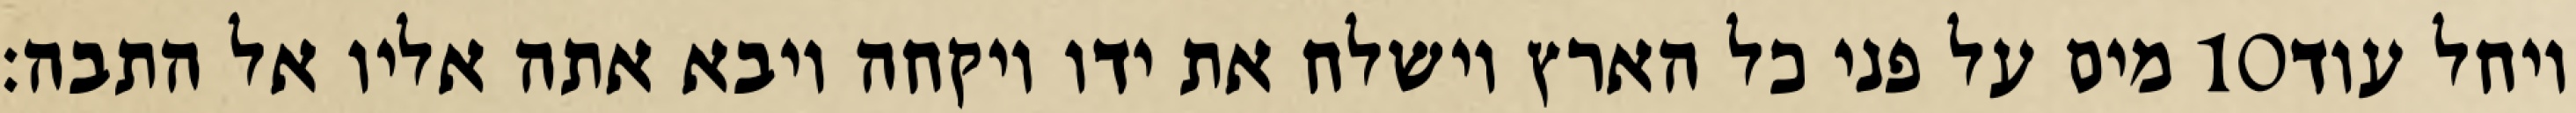
מים על פני כל הארץ וישלח את ידו ויקחה ויבא אתה אליו אל התבה׃ ‎10‏ ויחל עוד